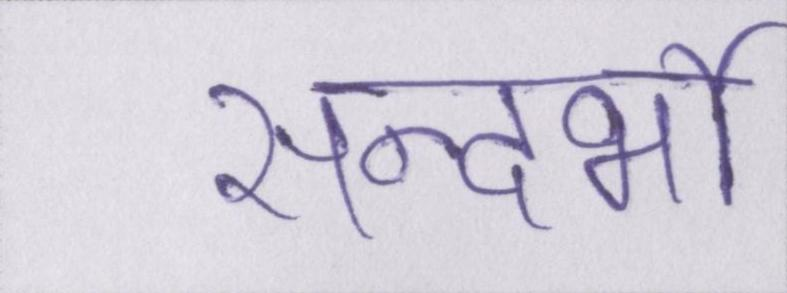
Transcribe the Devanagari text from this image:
सन्दर्भो